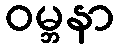
ဝမ္ဘနာ